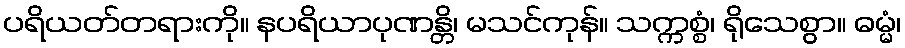
ပရိယတ်တရားကို။ နပရိယာပုဏန္တိ၊ မသင်ကုန်။ သက္ကစ္စံ၊ ရိုသေစွာ။ ဓမ္မံ၊